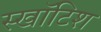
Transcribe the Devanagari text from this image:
स्खॉटिश